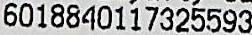
6018840117325593